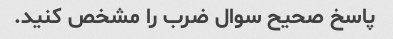
پاسخ صحیح سوال ضرب را مشخص کنید.